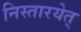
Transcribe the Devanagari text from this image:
निस्तारयेत्